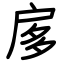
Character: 扅